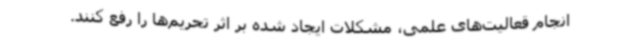
انجام قعالیت‌های علمی، مشکلات ایجاد شده بر اثر تحریم‌ها را رفع کنند.